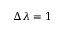
\Delta \lambda = 1